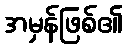
အမှန်ဖြစ်၏